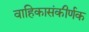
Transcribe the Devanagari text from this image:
वाहिकासंकीर्णक